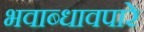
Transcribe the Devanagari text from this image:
भवाब्धावपारे